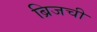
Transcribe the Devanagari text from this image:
ब्रिजची